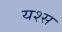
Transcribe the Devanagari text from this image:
यश्स